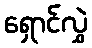
ရှောင်လွှဲ